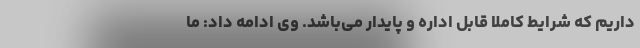
داریم که شرایط کاملا قابل اداره و پایدار می‌باشد. وی ادامه داد: ما